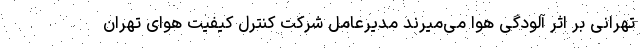
تهرانی بر اثر آلودگی هوا می‌میرند مدیرعامل شرکت کنترل کیفیت هوای تهران